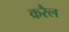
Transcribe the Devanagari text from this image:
करैल